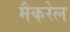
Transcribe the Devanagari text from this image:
मैकरेल